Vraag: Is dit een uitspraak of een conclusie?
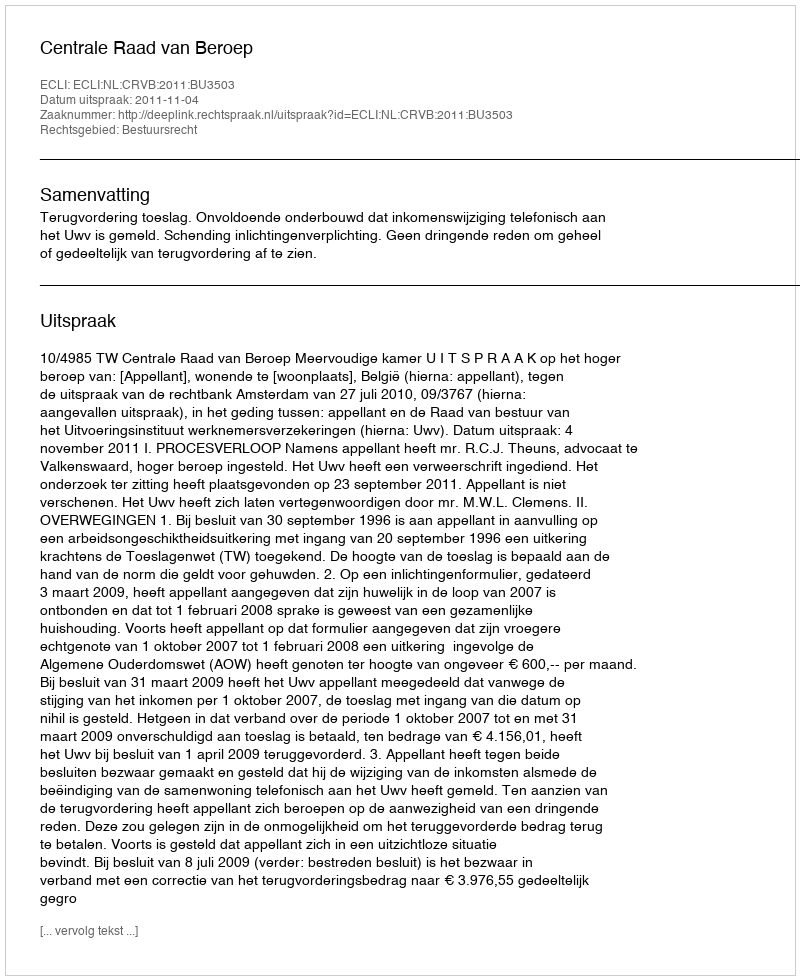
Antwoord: Uitspraak